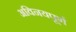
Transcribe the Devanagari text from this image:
अविनयपूर्ण